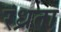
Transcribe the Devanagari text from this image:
रंध्रता